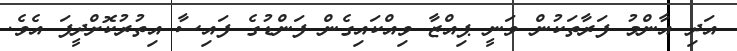
އަދި އާންމު ފަރާތަކުން ވަނީ ޕިއްޒާ ވިއްކައިގެން ފަންޑުގެ ފައިސާ އިތުރުކޮށްދީފަ އެވެ.